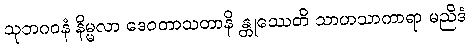
သုဘဂဝနံ နိမ္မလာ ဒေဝတာသတာနိ န္တုဿေတိ သာဟသာကာရာ မညိဒံ